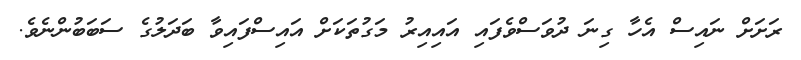
ރަށަށް ނައިސް އެހާ ގިނަ ދުވަސްވެފައި އައިއިރު މަގުތަކަށް އައިސްފައިވާ ބަދަލުގެ ސަބަބުންނެވެ.